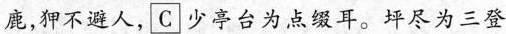
鹿，狎不避人，C少亭台为点缀耳。坪尽为三登